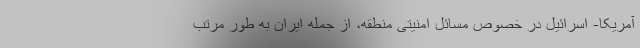
آمریکا- اسرائیل در خصوص مسائل امنیتی منطقه، از جمله ایران به طور مرتب